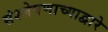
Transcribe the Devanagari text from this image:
संश्लेषणाच्याद्वारे